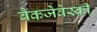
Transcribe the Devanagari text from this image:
बैकजेवेस्की